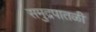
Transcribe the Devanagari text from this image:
समुद्रपातळी